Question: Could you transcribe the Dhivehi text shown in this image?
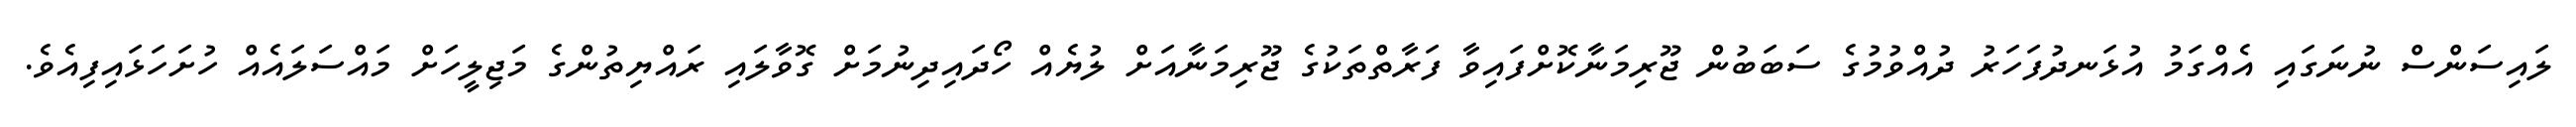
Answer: ލައިސަންސް ނުނަގައި އެއްގަމު އުޅަނދުފަހަރު ދުއްވުމުގެ ސަބަބުން ޖޫރިމަނާކޮށްފައިވާ ފަރާތްތަކުގެ ޖޫރިމަނާއަށް ލުޔެއް ހޯދައިދިނުމަށް ގޮވާލައި ރައްޔިތުންގެ މަޖިލީހަށް މައްސަލައެއް ހުށަހަޅައިފިއެވެ.